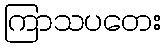
ကြာသပတေး